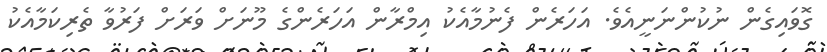
ގޮވައިގެން ނުކުންނަނީއެވެ. އަހަރެން ފެނުމާއެކު އިމްރާން އަހަރެންގެ މޫނަށް ވަރަށް ފަރުވާ ތެރިކަމާއެކު